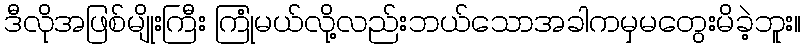
ဒီလိုအဖြစ်မျိုးကြီး ကြုံမယ်လို့လည်းဘယ်သောအခါကမှမတွေးမိခဲ့ဘူး။